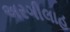
અરગીલાહ